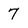
Character: 7